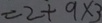
= 2 + 9 \times 3